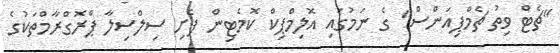
"ޗެޓް ވިތު ޗެމްޕިއަންސް" ގެ ނަމުގައި އޮލިމްޕިކް ކޮމެޓިން ފެށި ސިލްސިލާ ޕްރޮގްރާމްތަކުގެ